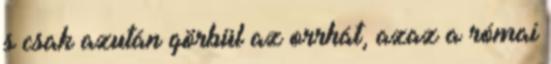
s csak azután görbül az orrhát, azaz a római